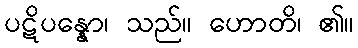
ပဋိပန္နော၊ သည်။ ဟောတိ၊ ၏။